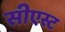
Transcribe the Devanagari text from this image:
सीएस्ट